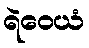
ရဲဝေယံ